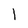
Character: l